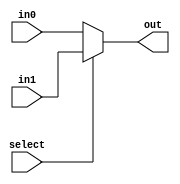
module mux_2_1(out,select,in0,in1);
    input select;
    input in0, in1;
    output out;
    assign out = select ? in1 : in0;
endmodule